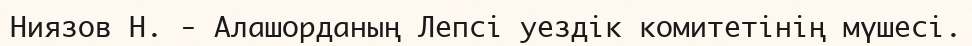
Ниязов Н. - Алашорданың Лепсі уездік комитетінің мүшесі.